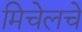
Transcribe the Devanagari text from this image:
मिचेलचे